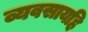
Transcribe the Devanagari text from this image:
व्यवसायहि